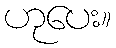
ဟုပေး။